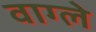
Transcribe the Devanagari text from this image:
वाग्ले